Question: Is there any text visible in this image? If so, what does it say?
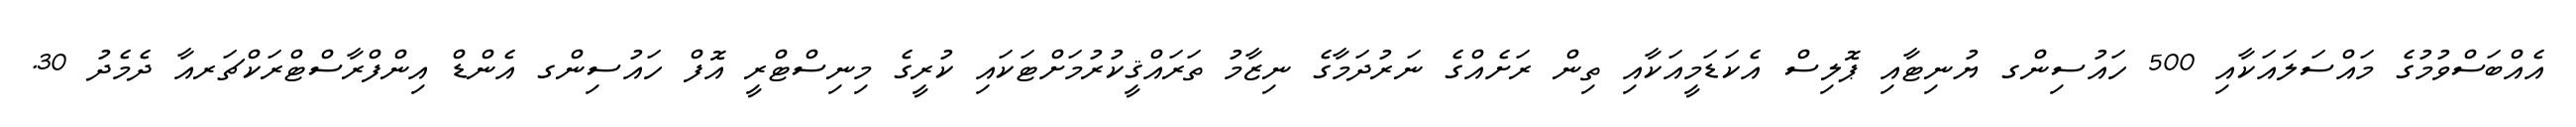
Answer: އެއްބަސްވުމުގެ މައްސަލައަކާއި 500 ހައުސިންގ ޔުނިޓާއި ޕޮލިސް އެކަޑަމީއަކާއި ތިން ރަށެއްގެ ނަރުދަމާގެ ނިޒާމު ތަރައްޤީކުރުމަށްޓަކައި ކުރީގެ މިނިސްޓްރީ އޮފް ހައުސިންގ އެންޑް އިންފްރާސްޓްރަކްޗަރއާ ދެމެދު 30.